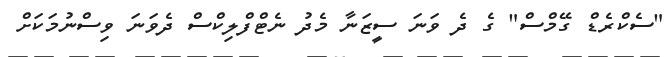
"ސެކްރެޑް ގޭމްސް" ގެ ދެ ވަނަ ސީޒަނާ މެދު ނެޓްފްލިކްސް ދެވަނަ ވިސްނުމަކަށް